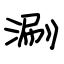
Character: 涮